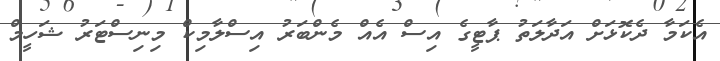
އެކަމާ ދެކޮޅަށް އަދާލަތު ޕާޓީގެ އިސް އެއް މެންބަރު އިސްލާމިކް މިނިސްޓަރު ޝަހީމް